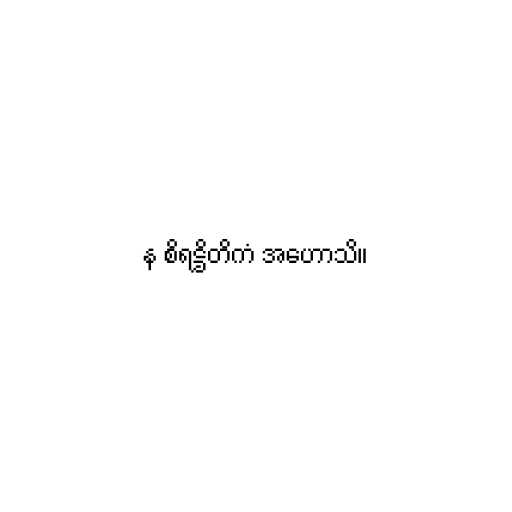
န စိရဋ္ဌိတိကံ အဟောသိ။